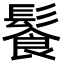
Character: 𩮍